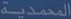
الوَحدةِ